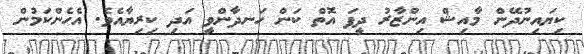
ކިޔައިނުދޭން މާއިޝް އިންޒާރު ދީފަ އޮތް ކަން ހަނދާންވީ އަދި ކިރިޔާއެވެ. އެހެންކަމުން